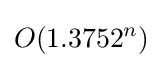
O(1.3752^{n})